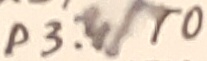
Text: P3.4/T0